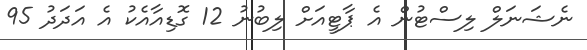
ނެޝަނަލް ލިސްޓުން އެ ޕާޓީއަށް ލިބުނު 12 ގޮޑިއާއެކު އެ އަދަދު 95